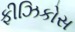
ફીઝિકોસ